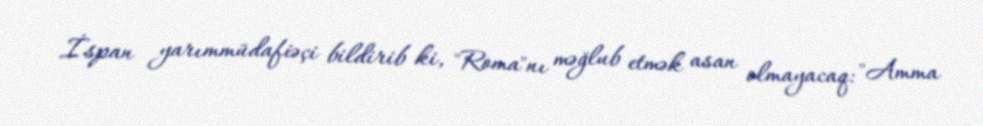
İspan yarımmüdafiəçi bildirib ki, "Roma"nı məğlub etmək asan olmayacaq: "Amma